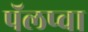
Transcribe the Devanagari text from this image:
पॅलप्वा